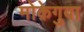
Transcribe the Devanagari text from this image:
मोक़ेगुवा